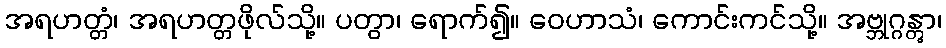
အရဟတ္တံ၊ အရဟတ္တဖိုလ်သို့။ ပတွာ၊ ရောက်၍။ ဝေဟာသံ၊ ကောင်းကင်သို့။ အဗ္ဘုဂ္ဂန္တွာ၊